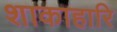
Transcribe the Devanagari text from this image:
शाकाहारि